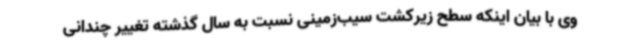
وی با بیان اینکه سطح زیرکشت سیب‌زمینی نسبت به سال گذشته تغییر چندانی